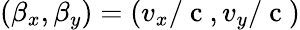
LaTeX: (\beta_{x},\beta_{y})=(v_{x}/\mathrm{~c~},v_{y}/\mathrm{~c~})